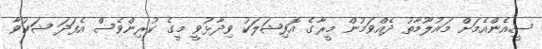
ސީއެންއެމަށް މައުލޫމާތު ދެއްވަމުން މީރާގެ އޮފިޝަލަކު ވިދާޅުވީ މީގެ ކުރިންވެސް އެފަދަ ޝަކުވާ